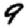
Digit: 9